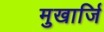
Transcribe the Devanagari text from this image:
मुखार्जि